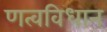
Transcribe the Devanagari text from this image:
णत्वविधान